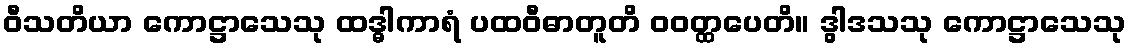
ဝီသတိယာ ကောဋ္ဌာသေသု ထဒ္ဓါကာရံ ပထဝီဓာတူတိ ဝဝတ္ထပေတိ။ ဒွါဒသသု ကောဋ္ဌာသေသု